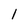
Character: l